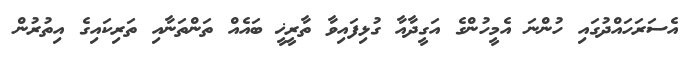
އެސަރަހައްދުގައި ހުންނަ އެމީހުންގެ އަގީދާއާ ގުޅިފައިވާ ތާރީޚީ ބައެއް ތަންތަނާއި ތަރިކައިގެ އިތުރުން